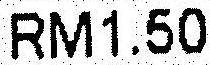
RM1.50